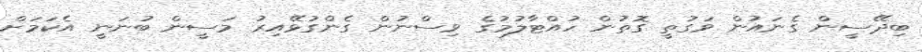
ބިދޭސީން ގެނައުން ވަގުތީ ގޮތުން ހުއްޓާލުމުގެ ވިސްނުން ގެންގުޅޭއިރު މަސީން ބުނަނީ އެކަމަށް